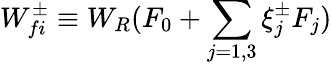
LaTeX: W_{fi}^{\pm}\equiv W_{R}(F_{0}+\sum_{j=1,3}\xi_{j}^{\pm}F_{j})